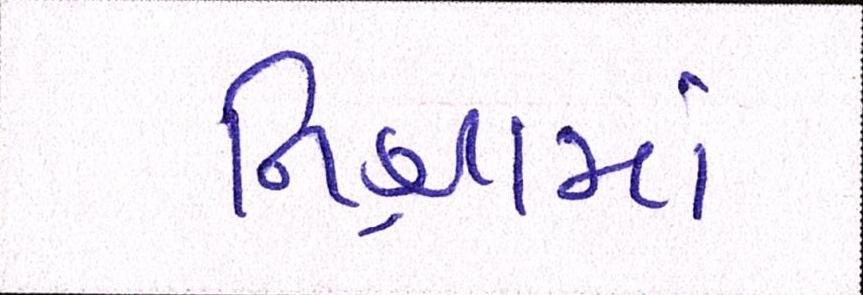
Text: નિશ્રામાં